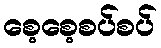
စေ့စေ့စပ်စပ်